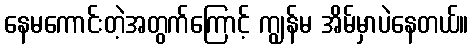
နေမကောင်းတဲ့အတွက်ကြောင့် ကျွန်မ အိမ်မှာပဲနေတယ်။